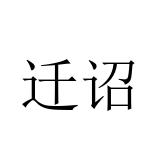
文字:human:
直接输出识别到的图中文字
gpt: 迁诏